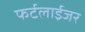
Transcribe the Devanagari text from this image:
फर्टलाईजर